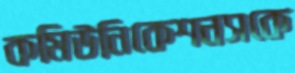
কমিউনিকেশনসকে